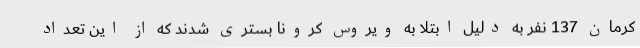
کرمان 137 نفر به دلیل ابتلا به ویروس کرونا بستری شدند که از این تعداد